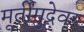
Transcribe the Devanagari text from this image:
मूर्तीमुद्रेवर